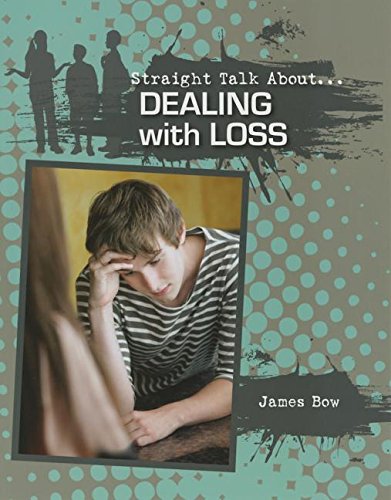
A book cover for Dealing with Loss (Straight Talk About...(Crabtree)); James Bow; Teen & Young Adult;